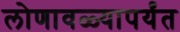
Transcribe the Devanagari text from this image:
लोणावळ्यापर्यंत